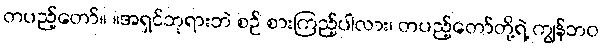
တပည့်တော်။ ။အရှင်ဘုရားဘဲ စဉ် စားကြည့်ပါလား၊ တပည့်တော်တို့ရဲ့ ကျွန်ဘဝ